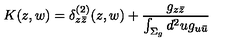
K ( z , w ) = \delta _ { z \bar { z } } ^ { ( 2 ) } ( z , w ) + { \frac { g _ { z \bar { z } } } { \int _ { \Sigma _ { g } } d ^ { 2 } u g _ { u \bar { u } } } }